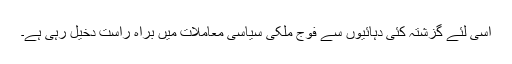
اسی لئے گزشتہ کئی دہائیوں سے فوج ملکی سیاسی معاملات میں براہ راست دخیل رہی ہے۔